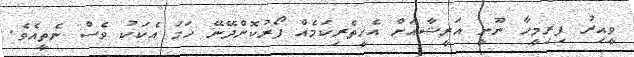
ވީއިރު ފިރިމީހާ ނޫނީ އަރީޝާއަށް އެހީތެރިކަމެއް ފޯރުކޮށްދޭނޭ ހަމަ އެކަކު ވެސް ނެތީއެވެ.